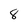
Character: 8